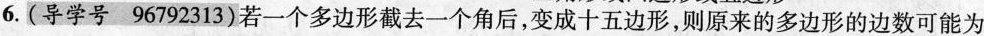
6.(导学号96792313)若一个多边形截去一个角后，变成十五边形，则原来的多边形的边数可能为